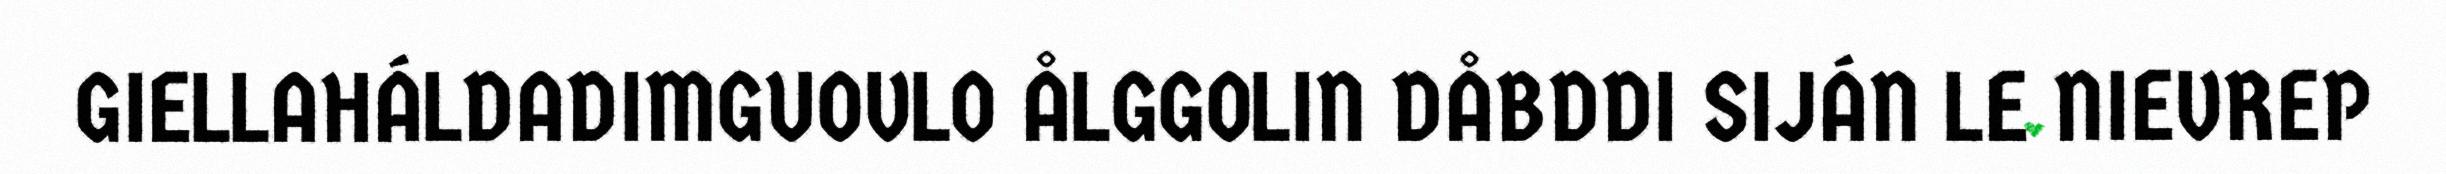
GIELLAHÁLDADIMGUOVLO ÅLGGOLIN DÅBDDI SIJÁN LE NIEVREP